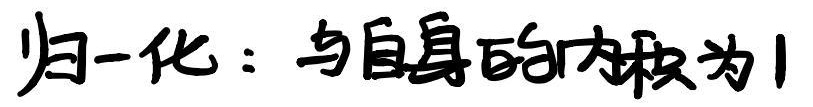
归一化：与自身的内积为1